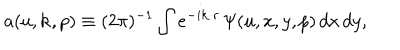
a ( u , { \bf k } , p ) \equiv ( 2 \pi ) ^ { - 1 } \int e ^ { - i { \bf k \cdot r } } \, { \mit \Psi } ( u , x , y , p ) \, d x \, d y ,